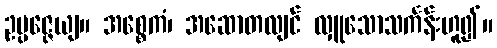
ဥပ္ပဇ္ဇေယျ။ အစ္စေကံ၊ အဆောတလျင် လှူသောသင်္ကန်းဟူ၍။